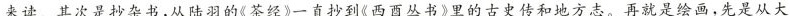
来读。其次是抄杂书,从陆羽的《茶经》一直抄到《西酉丛书》里的古史传和地方志。再就是绘画,先是从大